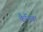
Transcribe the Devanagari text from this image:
कैनिबा